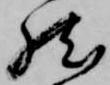
然